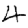
Digit: 4